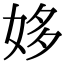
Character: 姼